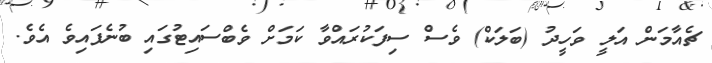
ޗެއާމަން އަލީ ވަހީދު (ބަލަކް) ވެސް ސިފަކުރައްވާ ކަމަށް ވެބްސައިޓުގައި ބުނެފައިވެ އެވެ.